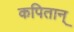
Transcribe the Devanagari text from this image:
कपितान्